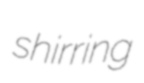
shirring